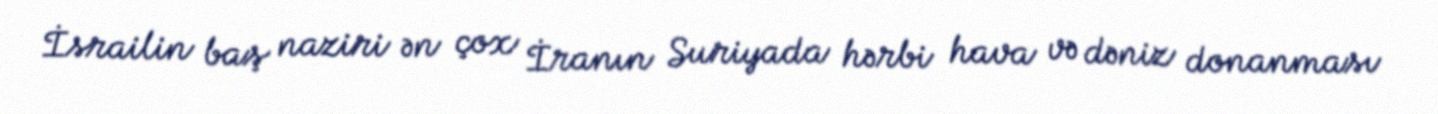
İsrailin baş naziri ən çox İranın Suriyada hərbi hava və dəniz donanması